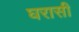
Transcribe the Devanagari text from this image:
घरासी